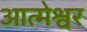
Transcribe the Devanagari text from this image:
आत्मेश्वर